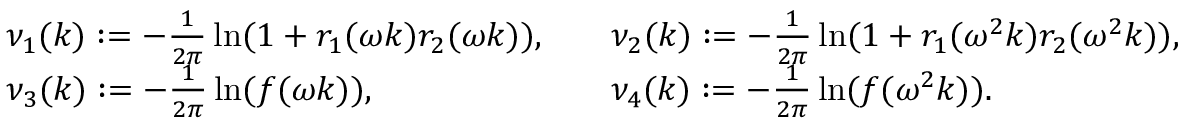
\begin{array} { r l r l } & { \nu _ { 1 } ( k ) : = - \frac { 1 } { 2 \pi } \ln ( 1 + r _ { 1 } ( \omega k ) r _ { 2 } ( \omega k ) ) , } & & { \nu _ { 2 } ( k ) : = - \frac { 1 } { 2 \pi } \ln ( 1 + r _ { 1 } ( \omega ^ { 2 } k ) r _ { 2 } ( \omega ^ { 2 } k ) ) , } \\ & { \nu _ { 3 } ( k ) : = - \frac { 1 } { 2 \pi } \ln ( f ( \omega k ) ) , } & & { \nu _ { 4 } ( k ) : = - \frac { 1 } { 2 \pi } \ln ( f ( \omega ^ { 2 } k ) ) . } \end{array}